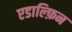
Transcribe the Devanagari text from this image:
एडाल्फ़िन